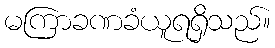
မကြာခဏခံယူရရှိသည်။